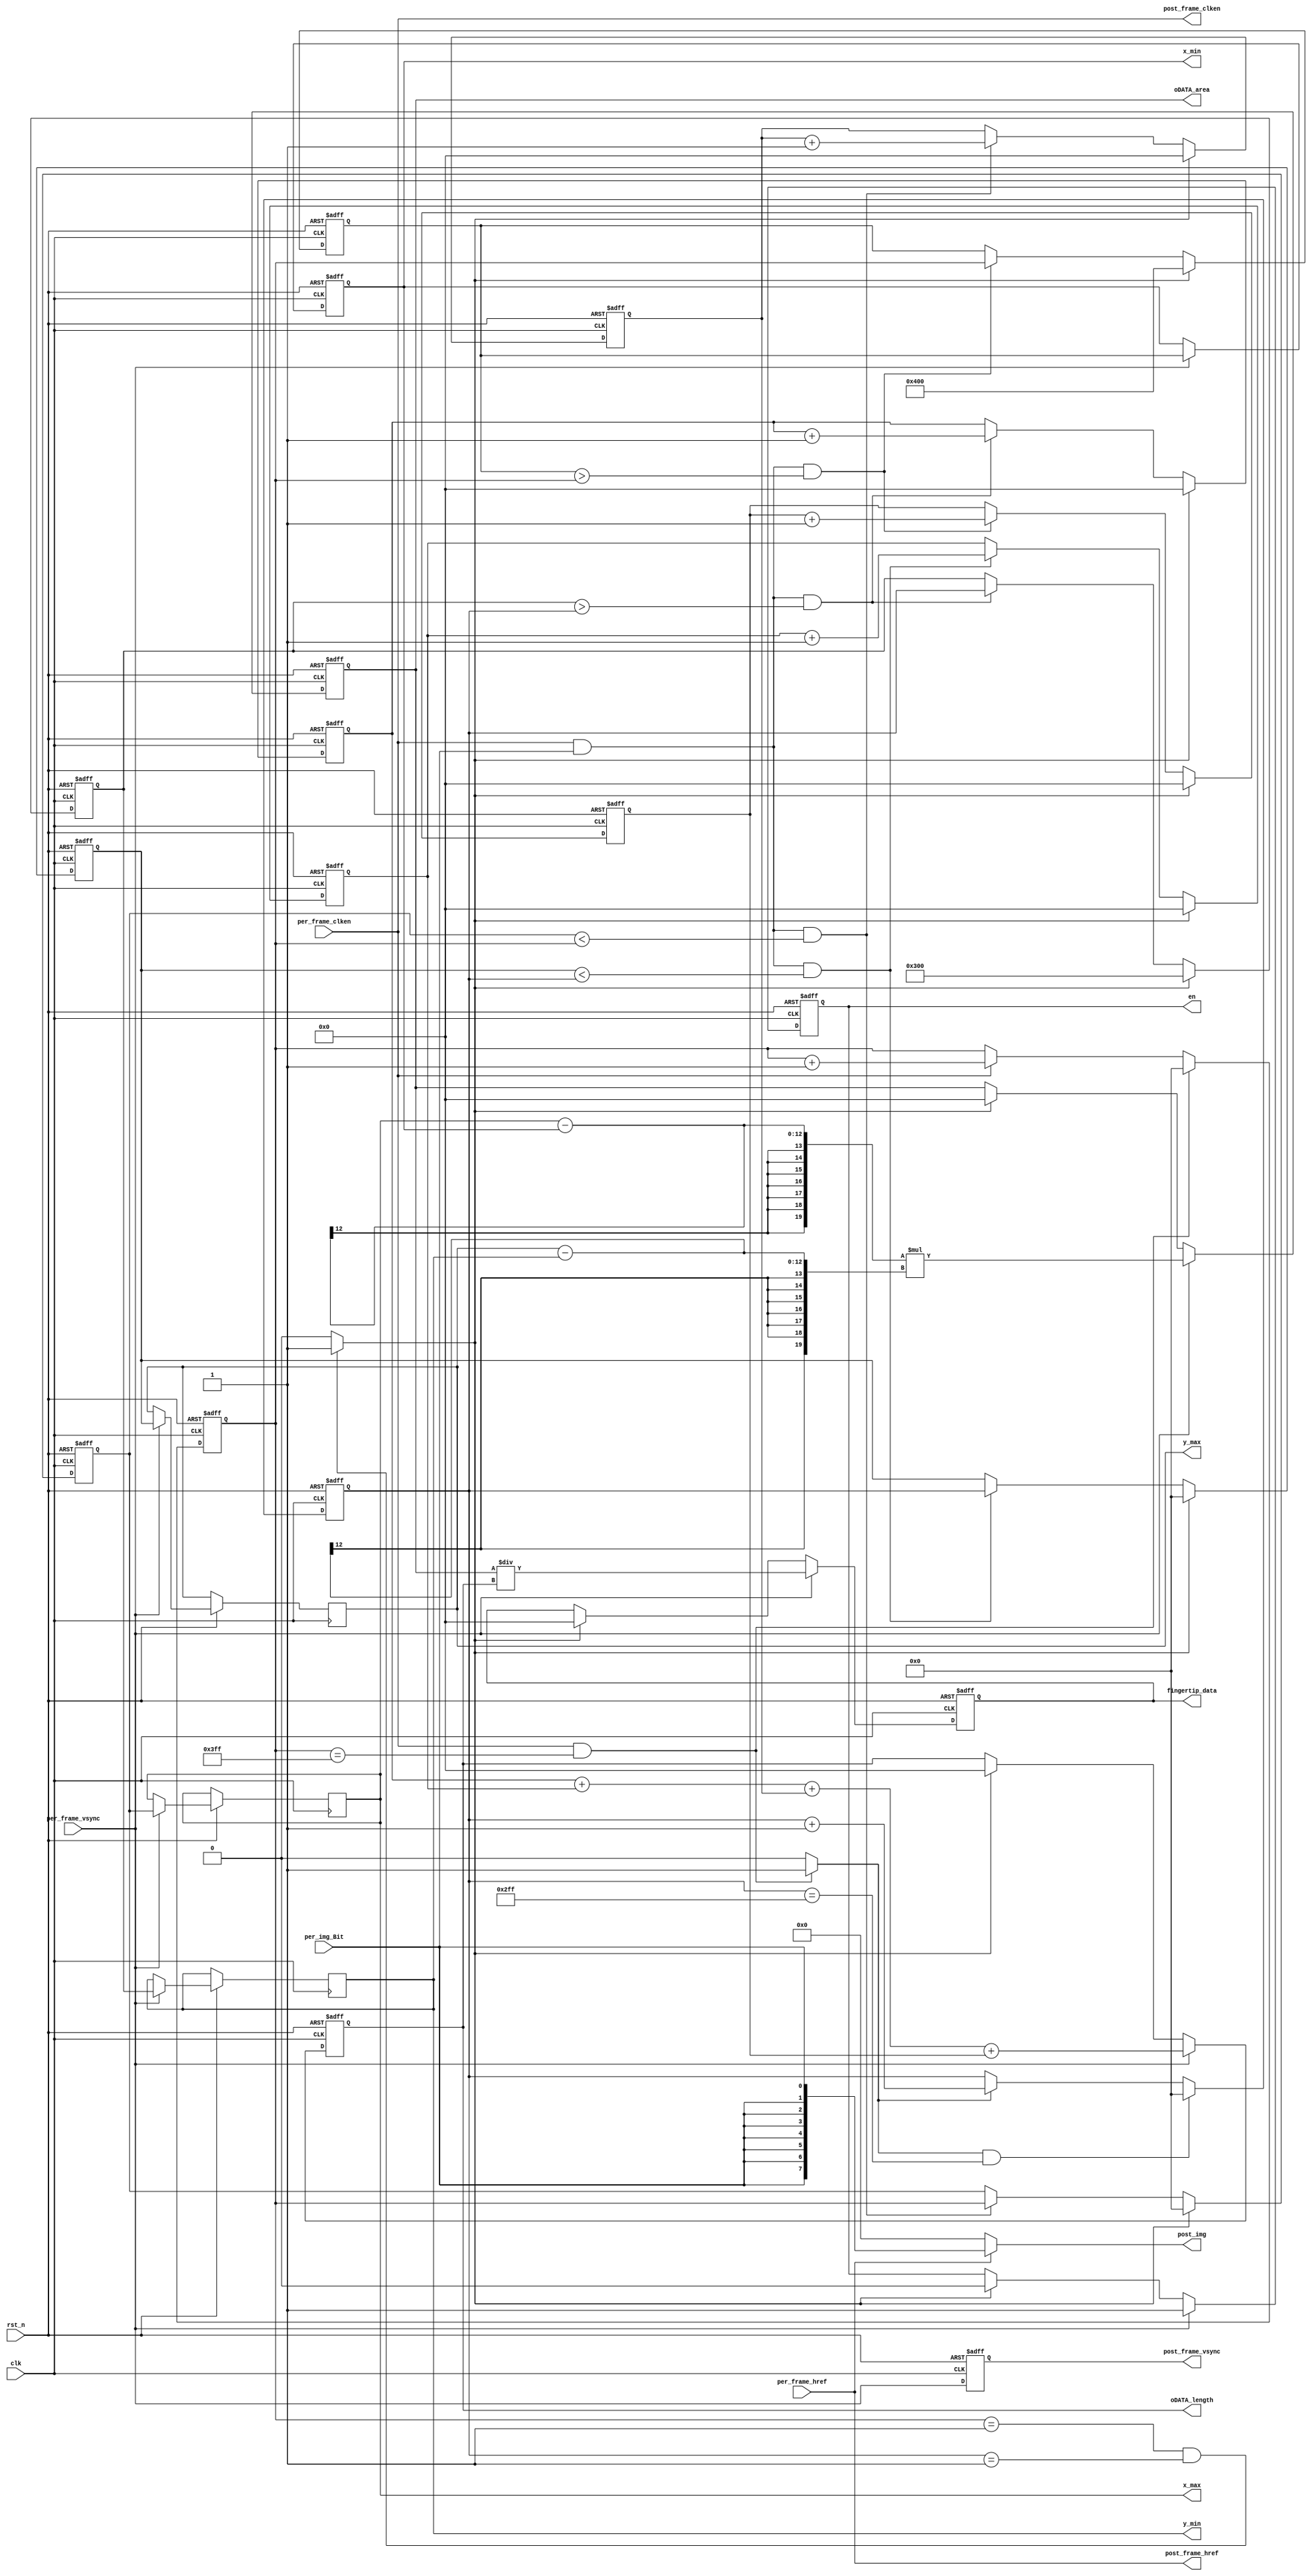
//****************************************Copyright (c)***********************************//                            
//----------------------------------------------------------------------------------------
// File name:          Gesture_Posion
// Last modified Date:  2021/6/10 11:28:58
// Last Version:        V1.0
// Descriptions:        sobel
//----------------------------------------------------------------------------------------
// Created date:        2021/6/10 11:28:58
// Version:             V1.0
// Descriptions:        Gesture_Posion 
//
//----------------------------------------------------------------------------------------
//****************************************************************************************//
`timescale      1ns/1ns


module Gesture_Posion(
    input           clk,
    input           rst_n,
    input           per_frame_vsync,
    input           per_frame_href,
    input           per_frame_clken,
    input           per_img_Bit,
    output          post_frame_vsync,
    output          post_frame_href,
    output          post_frame_clken,
    output  reg [11:0]  x_min,
    output  reg [11:0]  x_max,
    output  reg [11:0]  y_min,
    output  reg [11:0]  y_max,
    output reg [19:0] oDATA_length,
    output reg [19:0] oDATA_area,
    output reg [19:0] fingertip_data, //
    output   reg      en   , 
    //input 			[11:0]	lcd_x,
	//input 			[11:0]	lcd_y,
    output     [7:0]      post_img
    );

//parameter   ROW_CNT = 16;   //just test
//parameter   COL_CNT = 4;    //just test
parameter   ROW_CNT = 1024;
parameter   COL_CNT = 768;
reg     [19:0]  oDATA_length_xmin;
reg     [19:0]  oDATA_length_xmax;
reg     [19:0]  oDATA_length_ymin;
reg     [19:0]  oDATA_length_ymax;
reg     [11:0]  cnt_x;
reg     [11:0]  cnt_y;
wire    row_flag;
 reg [11:0]  x_min_r;
 reg [11:0]  x_max_r;
 reg [11:0]  y_min_r;
 reg [11:0]  y_max_r;

wire flag ;//
assign flag = (cnt_x == 1 && cnt_y == 1)? 1'b1:1'b0;

//-------------------------------------------------------
//cnt_x lag 1clk
always @(posedge clk or negedge rst_n)begin
    if(rst_n == 1'b0)begin
        cnt_x <= 0;
    end
    else if(per_frame_clken && cnt_x == ROW_CNT - 1)
        cnt_x <= 0;
    else if(per_frame_clken)begin
        cnt_x <= cnt_x + 1'b1;
    end
    else 
        cnt_x <= cnt_x;
end
assign  row_flag = (per_frame_clken && cnt_x == ROW_CNT - 1'b1)? 1'b1:1'b0;
//cnt_y
always @(posedge clk or negedge rst_n)begin
    if(rst_n == 1'b0)begin
        cnt_y <= 0;
    end
    else if(row_flag  &&  cnt_y == COL_CNT - 1'b1)
        cnt_y <= 0;
    else if(row_flag)begin
        cnt_y <= cnt_y + 1'b1;
    end
    else 
        cnt_y <= cnt_y;
end

//-------------------------------------------------------
//x_min lag 2clk
always @(posedge clk or negedge rst_n)begin
    if(rst_n == 1'b0)begin
        x_min_r <= ROW_CNT;
        oDATA_length_xmin<=0;
    end
    else if(flag)
    begin
        x_min_r <= ROW_CNT;
        oDATA_length_xmin<=0;
    end
    else if(per_frame_clken && per_img_Bit == 1 && x_min_r > cnt_x)
    begin
        x_min_r <= cnt_x;
        oDATA_length_xmin<=oDATA_length_xmin+1;
    end
    else 
        x_min_r <= x_min_r;
end
//x_max
always @(posedge clk or negedge rst_n)begin
    if(rst_n == 1'b0)begin
        x_max_r <= 0;
        oDATA_length_xmax<=0;
    end
    else if(flag)
    begin
        x_max_r <= 0;
        oDATA_length_xmax<=0;
    end
    else if(per_frame_clken && per_img_Bit == 1 && x_max_r < cnt_x)
    begin
        x_max_r <= cnt_x;
        oDATA_length_xmax<=oDATA_length_xmax+1;
    end
    else 
        x_max_r <= x_max_r;
end
//y_min
always @(posedge clk or negedge rst_n)begin
    if(rst_n == 1'b0)begin
        y_min_r <= COL_CNT;
        oDATA_length_ymin<=0;
    end
    else if(flag)
    begin
        y_min_r <= COL_CNT;
        oDATA_length_ymin<=0;
    end
    else if(per_frame_clken && per_img_Bit == 1 && y_min_r > cnt_y)
    begin
        y_min_r <= cnt_y;
        oDATA_length_ymin<=oDATA_length_ymin+1;
        end
    else 
        y_min_r <= y_min_r;
end
//y_max
always @(posedge clk or negedge rst_n)begin
    if(rst_n == 1'b0)begin
        y_max_r <= 0;
        oDATA_length_ymax<=0;
    end
    else if(flag)
    begin
        y_max_r <= 0;
        oDATA_length_ymax<=0;
    end
    
    else if(per_frame_clken && per_img_Bit == 1 && y_max_r < cnt_y)
    begin
        y_max_r <= cnt_y;
        oDATA_length_ymax<=oDATA_length_ymax+1;
        end
    else 
        y_max_r <= y_max_r;
end
always @(posedge clk or negedge rst_n)begin
    if(rst_n == 1'b0)begin
        x_min <= ROW_CNT;
        oDATA_length<=0;
        oDATA_area<=0;
        fingertip_data<=0;
        en<=0;
    end
    else if(per_frame_vsync)
    begin
           x_min<=x_min_r;
           y_min<=y_min_r;
           x_max<=x_max_r;
           y_max<=y_max_r;
           oDATA_length<=oDATA_length_ymin+oDATA_length_ymax+oDATA_length_xmax+oDATA_length_xmin;
           oDATA_area<=(x_max-x_min)*(y_max-y_min);
           fingertip_data<=oDATA_area/oDATA_length;
           en<=1;
    end
    else if (flag)
    begin
            oDATA_length<=0;
            oDATA_area<=0;
            fingertip_data<=0;
            en<=0;
            end
   
        
      
end
//-------------------------------------------------------
//lag 3clk
/*
reg [15:0]  post_img_r;

*/

//---------------------------------------------
//pre_frame_clken, pre_frame_href, pre_frame_vsync,lag 3clk

reg 	[3:0] 	per_frame_clken_r;
reg 	[3:0] 	per_frame_href_r;
reg 	[3:0] 	per_frame_vsync_r;
reg     [3:0]   per_img_r;

always @(posedge clk or negedge rst_n)
begin
	if(!rst_n)begin
		per_frame_clken_r <= 4'b0;
		per_frame_href_r <=  4'b0;
		per_frame_vsync_r <= 4'b0;
        per_img_r <= 0;
	end	
	else begin
		per_frame_clken_r <= {per_frame_clken_r [2:0], per_frame_clken};
		per_frame_href_r  <= {per_frame_href_r  [2:0],per_frame_href};
		per_frame_vsync_r <= {per_frame_vsync_r [2:0],per_frame_vsync};
        per_img_r <= {per_img_r[2:0],per_img_Bit};
	end
end

assign post_frame_clken = per_frame_clken;
assign post_frame_href  = per_frame_href;
assign post_frame_vsync = per_frame_vsync_r [0];

assign post_img  = post_frame_href? {8{per_img_Bit}}: 1'b0;

endmodule